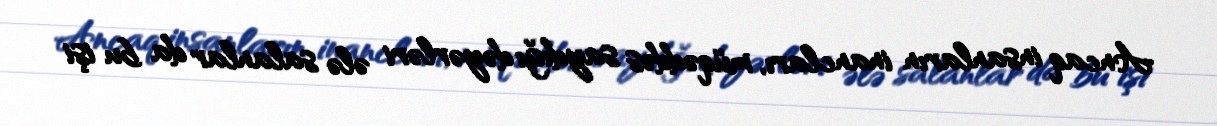
Ancaq insanların inancları, müqəddəs saydığı dəyərləri ələ salanlar da bu işi